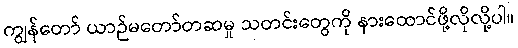
ကျွန်တော် ယာဉ်မတော်တဆမှု သတင်းတွေကို နားထောင်ဖို့လိုလို့ပါ။